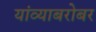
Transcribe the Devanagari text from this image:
यांव्याबरोबर